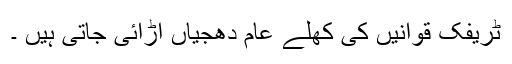
ٹریفک قوانیں کی کھلے عام دھجیاں اڑائی جاتی ہیں ۔